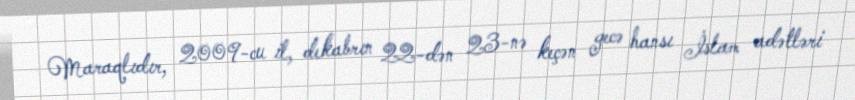
Maraqlıdır, 2009-cu il, dekabrın 22-dən 23-nə keçən gecə hansı İslam adətləri